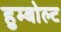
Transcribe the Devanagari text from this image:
हुम्बोल्ट